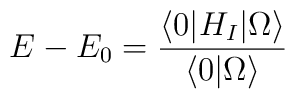
E-E_0= \frac {\langle 0 | H_I | \Omega \rangle}{\langle 0 | \Omega \rangle}